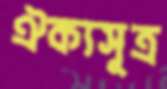
ঐক্যসূত্র